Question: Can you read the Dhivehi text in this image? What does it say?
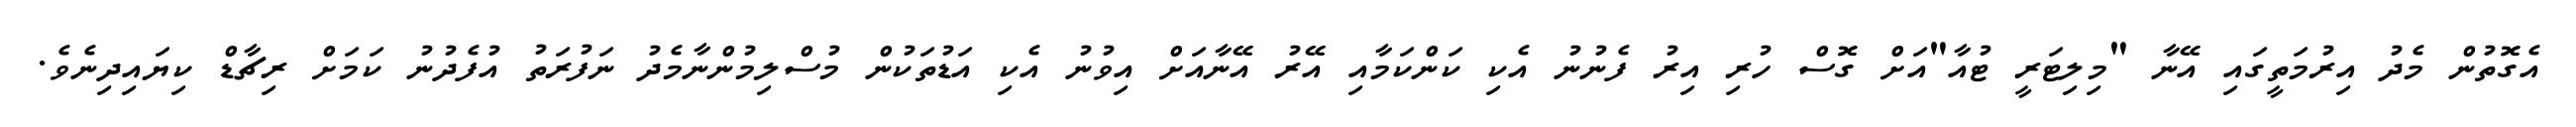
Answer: އެގޮތުން މެދު އިރުމަތީގައި އޭނާ "މިލިޓަރީ ޓުއާ"އަށް ގޮސް ހުރި އިރު ފެނުނު އެކި ކަންކަމާއި އޭރު އޭނާއަށް އިވުނު އެކި އަޑުތަކުން މުސްލިމުންނާމެދު ނަފުރަތު އުފެދުނު ކަމަށް ރިޗާޑް ކިޔައިދިނެވެ.